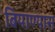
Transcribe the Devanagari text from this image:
बियाण्यास